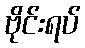
ဗိုင်းရပ်